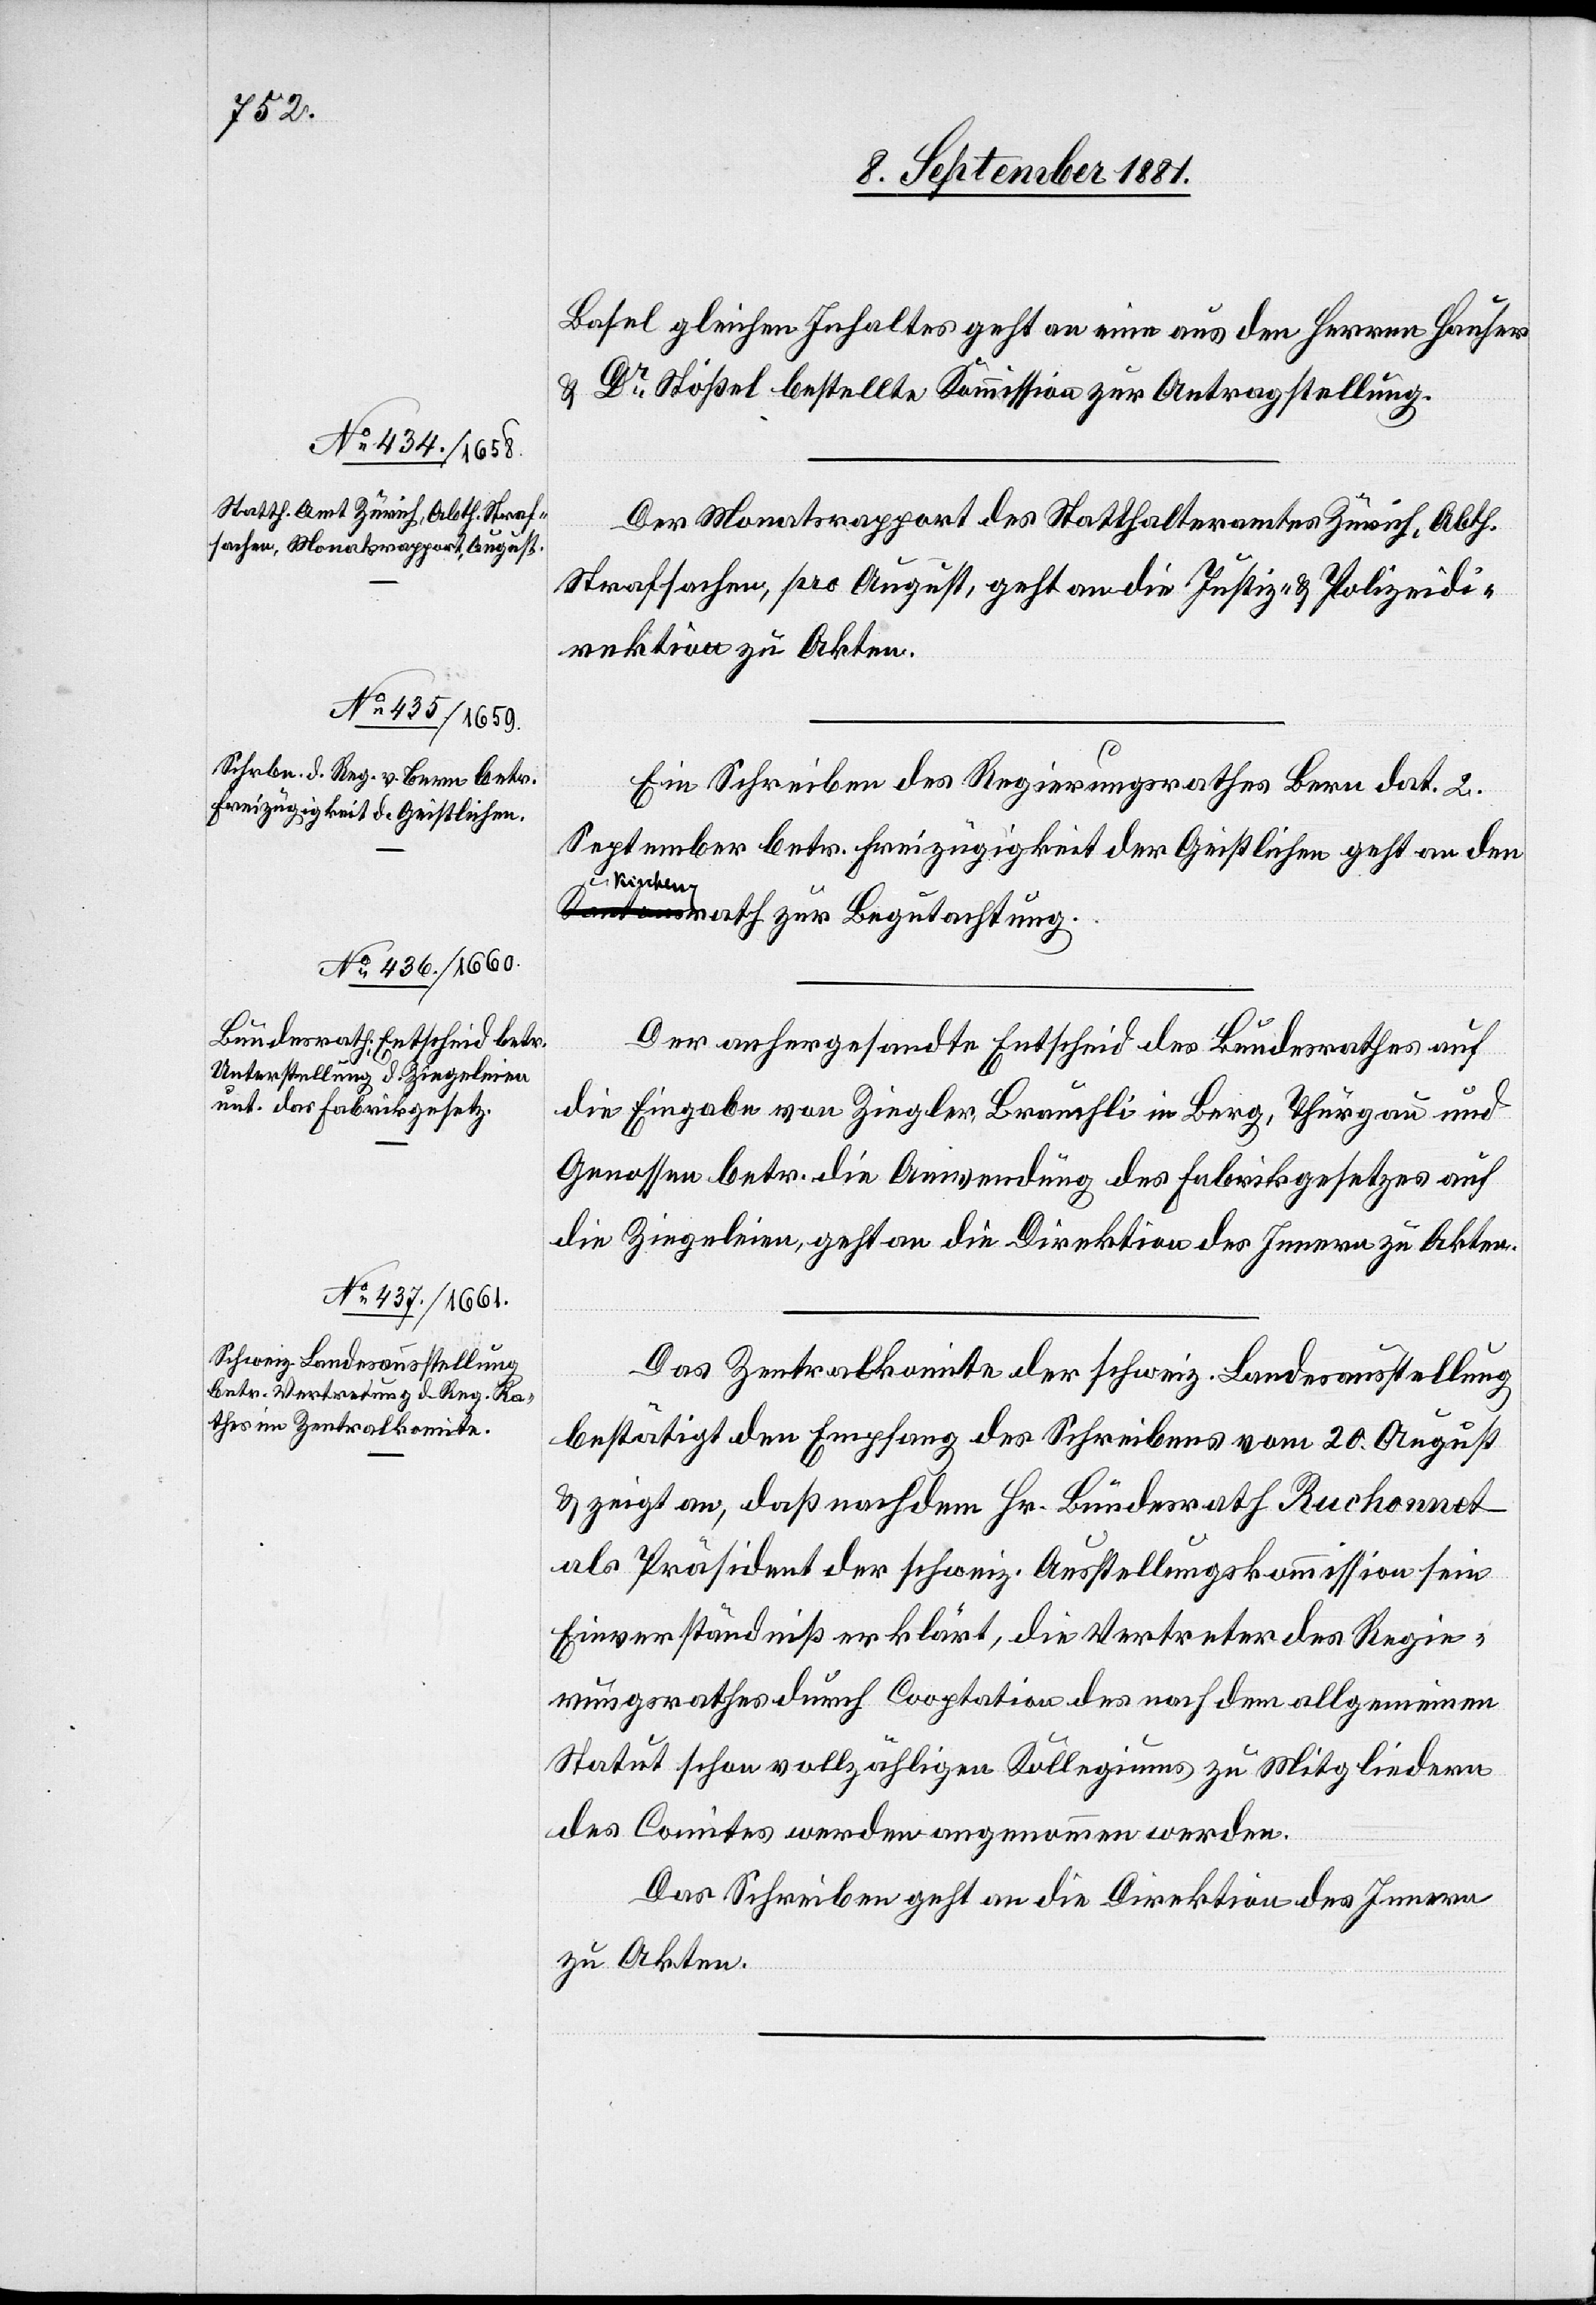
Basel[,] gleichen Inhaltes geht an eine aus den Herren Hauser
& Dr Stößel bestellte Kommission zur Antragstellung.
Der Monatsrapport des Statthalteramtes Zürich, Abth.
Strafsachen, pro August, geht an die Justiz- & Polizeidi¬
rektion zu Akten.
Ein Schreiben des Regierungsrathes Bern dat. 2.
September betr. Freizügigkeit der Geistlichen geht an den
Kirchenrath zur Begutachtung.
Der anhergesandte Entscheid des Bundesrathes auf
die Eingabe von Ziegler Brauchli in Berg, Thurgau und
Genossen betr. die Anwendung des Fabrikgesetzes auf
die Ziegeleien, geht an die Direktion des Innern zu Akten.
Das Zentralkomite der schweiz. Landesausstellung
bestätigt den Empfang des Schreibens vom 20. August
& zeigt an, daß nachdem Hr. Bundesrath Buchonnet
als Präsident der schweiz. Ausstellungskommission sein
Einverständniß erklärt, die Vertreter des Regie¬
rungsrathes durch Cooptation des nach dem allgemeinen
Statut schon vollzähligen Kollegiums zu Mitgliedern
des Comites werden angenommen werden.
Das Schreiben geht an die Direktion des Innern
zu Akten.